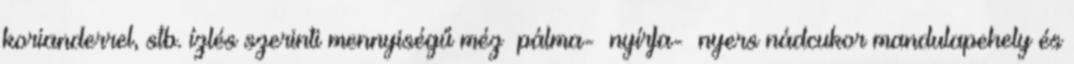
korianderrel, stb. ízlés szerinti mennyiségű méz pálma- nyírfa- nyers nádcukor mandulapehely és